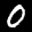
Label: 0